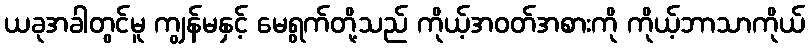
ယခုအခါတွင်မူ ကျွန်မနှင့် မေရွက်တို့သည် ကိုယ့်အဝတ်အစားကို ကိုယ့်ဘာသာကိုယ်